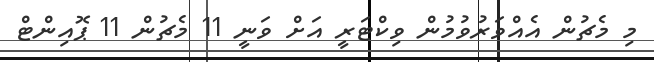
މި މެޗުން އެއްވަރުވުމުން ވިކްޓަރީ އަށް ވަނީ 11 މެޗުން 11 ޕޮއިންޓް